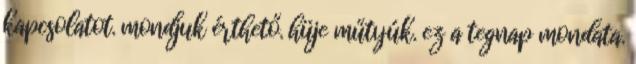
kapcsolatot. mondjuk érthető. hüje műtyúk. ez a tegnap mondata.